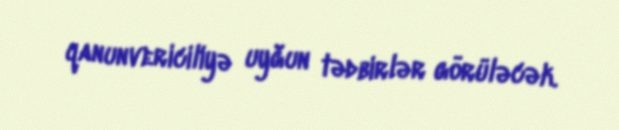
qanunvericiliyə uyğun tədbirlər görüləcək.